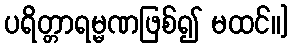
ပရိတ္တာရမ္မဏဖြစ်၍ မထင်။]